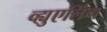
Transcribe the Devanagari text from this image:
व्ह्युएलिंग